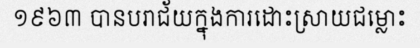
១៩៦៣ បានបរាជ័យក្នុងការដោះស្រាយជម្លោះ